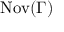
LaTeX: \operatorname { N o v } ( \Gamma )